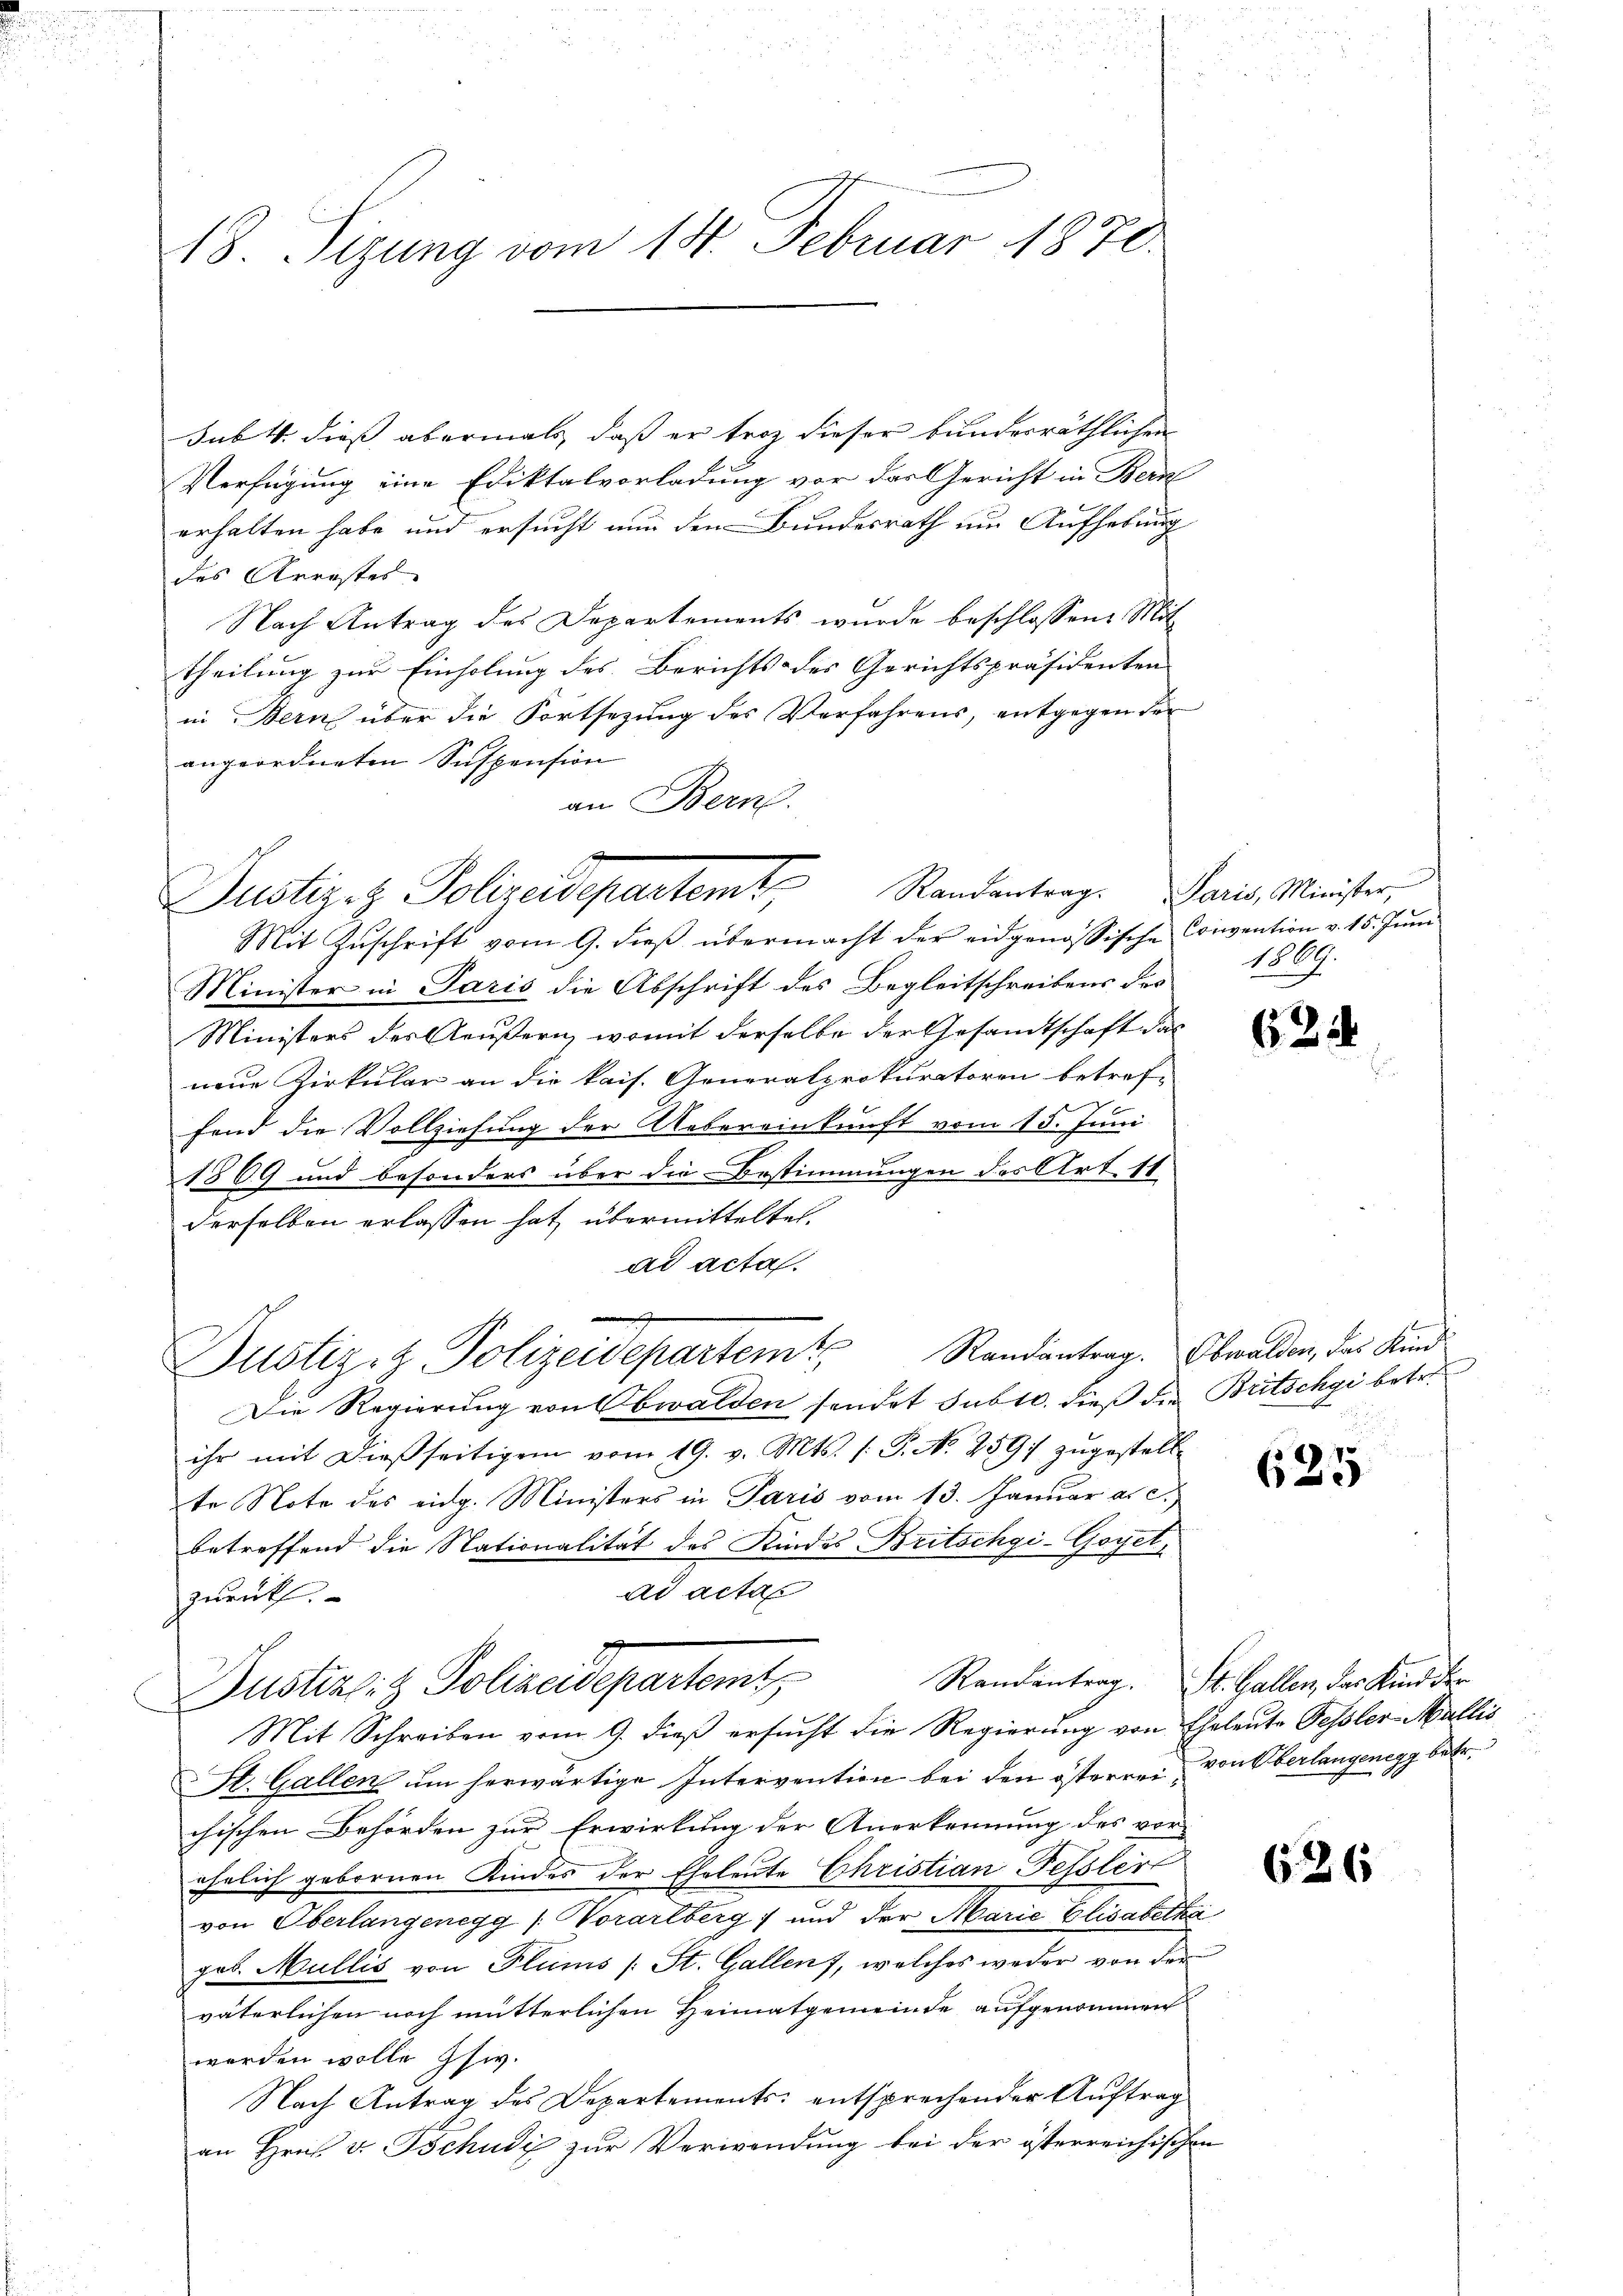
18. Sizung vom 14. Februar 1870.

sub. 4. dieß abermals, daß er troz dieser bunderräthlichen
Verfügung eine Ediktalvorladung vor der Gericht in Bern
erhalten habe und ersucht nun den Bundesrath um Aufhebung
des Arrester
Nach Antrag des Departements wurde beschlossene Mit
theilung zur Einholung des Berichts des Gerichtspräsidenten
in Bern über die Fortsetzung des Verfahrens, entgegen der
angeordneten Suspension
an Bern.
Mit Zŭschrift vom 9. dieβ übermacht der eidgenössische Convention v. 15. Jŭni
Minister in Paris die Abschrift des Begleitschreibens des
Ministers des Aeußern, womit derselbe der Gesandtschaft das
neue Zirkular an die kais. Generalprokuratoren betref-
fend die Vollziehung der Uebereinkunft vom 15. Juni
1369 und besonders über die Bestimmungen des Art. 11.
derselben erlassen hat, übermittelten.
ad acta.

Justiz- & Polizeidepartem Randantrag. Obwalden, das Kind
Die Regierung von Obwalden sendet subtc. dieß die Britschgi betre
ihr mit dießseitigen vom 19. v. Mts. s. S. No 259; zugestell
te Note des eidg. Ministers in Paris vom 13. Januar a. c.
betreffend die Nationalität des Kindes Britschgi-Goyet,
ad actan
zurück.
Randantrag. St. Gallen, das Kind der
Dustiz- & Polizeidepartemt
Mit Schreiben vom 9. dieß ersucht die Regierung von Eheleute Pessler Wallis
St. Gallen um herwärtige Intervention bei den österren von Oberlangenegg betr.
chischen Behörden zur Erwirkung der Anerkennung des vor-
ehelich gebornen Kindes der Eheleute Christian Fessler
von Oberlangenegg / Vorarlberg) und der Marie Elisabetha
geb. Mullis von Plums (: St. Gallen, welches weder von der
väterlichen noch mutterlichen Heimatgemeinde aufgenommen
werden wolle Isw.
Nach Antrag des Departements entsprechender Auftrag
an Hrn. v. Tschudi zur Verwendung bei der österreichischen

Justizez Polizeidepartemt, Randantrag. Paris, Minister,

1809.

62

8

625

636